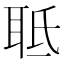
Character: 𦕑